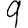
Digit: 9